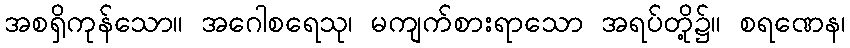
အစရှိကုန်သော။ အဂေါစရေသု၊ မကျက်စားရာသော အရပ်တို့၌။ စရဏေန၊